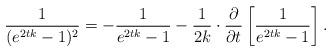
LaTeX: \begin{align*}\frac{1}{(e^{2tk}-1)^2}=-\frac{1}{e^{2tk}-1}-\frac{1}{2k}\cdot\frac{\partial}{\partial t}\left[\frac {1}{e^{2tk}-1} \right].\end{align*}